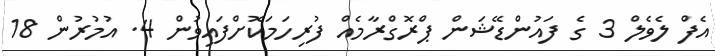
އެފް ލެވެލް 3 ގެ ފައުންޑޭޝަން ޕްރޮގްރާމެއް ފުރިހަމަކޮށްފައިވުން 4. އުމުރުން 18